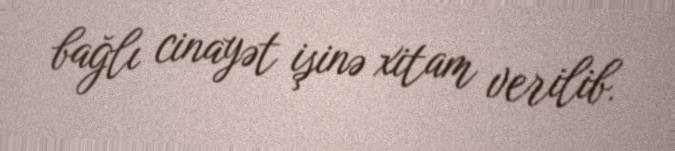
bağlı cinayət işinə xitam verilib.